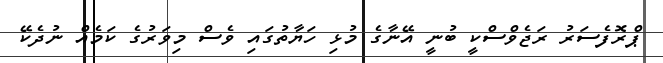
ޕްރޮފެސަރު ރަޖެވްސްކީ ބުނީ އޭނާގެ މުޅި ހަޔާތުގައި ވެސް މިވަރުގެ ކަމެއް ނުދެކޭ